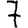
Digit: 7